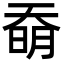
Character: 奣